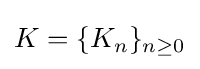
K=\{K_{n}\}_{n\geq 0}